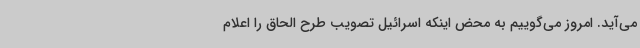
می‌آید. امروز می‌گوییم به محض اینکه اسرائیل تصویب طرح الحاق را اعلام